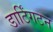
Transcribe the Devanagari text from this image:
डार्टिंगटन